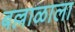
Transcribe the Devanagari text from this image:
बल्लाळाला